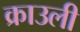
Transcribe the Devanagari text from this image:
क्राउली